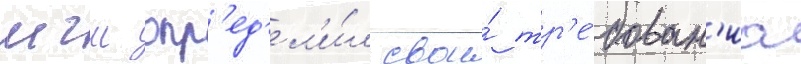
мгш опр'ед'ел'и́л свои́ тр'е́бован'иа